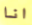
انا